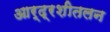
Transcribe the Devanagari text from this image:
आर्द्रशीतलन